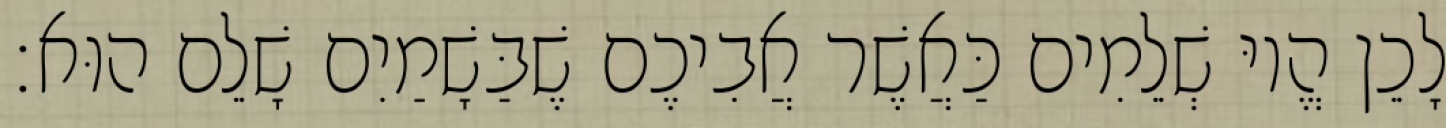
לָכֵן הֱיוּ שְׁלֵמִים כַּאֲשֶׁר אֲבִיכֶם שֶׁבַּשָׁמַיִם שָׁלֵם הוּא׃